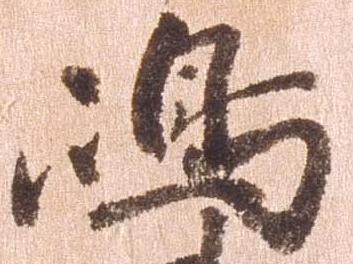
島